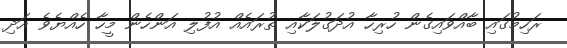
ރަހިމުގައި ބާއްވައިގެން ހުރިހާ އުދަގުލަކާއި ތުރައެއް އުފުލި އަންހެން މީހާ ހެއްޔެވެ އަދި